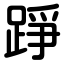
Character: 踭